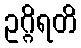
ဥဂ္ဂိရတိ